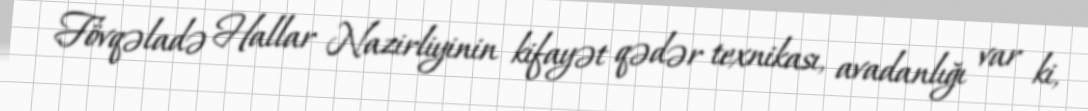
Fövqəladə Hallar Nazirliyinin kifayət qədər texnikası, avadanlığı var ki,